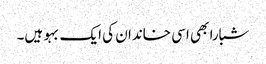
شبارا بھی اسی خاندان کی ایک بہو ہیں۔